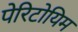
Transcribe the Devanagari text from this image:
पेरिटोयिम